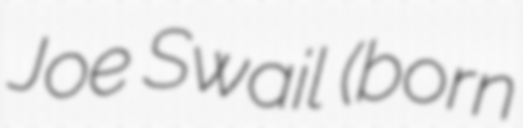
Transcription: Joe Swail (born